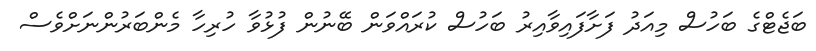
ބަޖެޓްގެ ބަހުސް މިއަދު ފަށާފައިވާއިރު ބަހުސް ކުރައްވަން ބޭނުން ފުޅުވާ ހުރިހާ މެންބަރުންނަށްވެސް